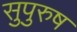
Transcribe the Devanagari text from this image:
सुपुरुष